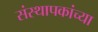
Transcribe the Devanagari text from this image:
संस्थापकांच्या